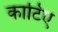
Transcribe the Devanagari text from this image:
काटिए